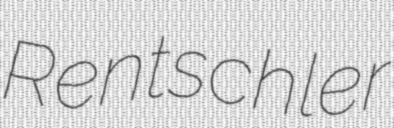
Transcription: Rentschler